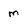
Character: m